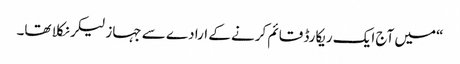
“میں آج ایک ریکارڈ قائم کرنے کے ارادے سے جہاز لیکر نکلا تھا۔